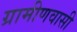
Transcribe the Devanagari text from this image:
ग्रामीणवासी